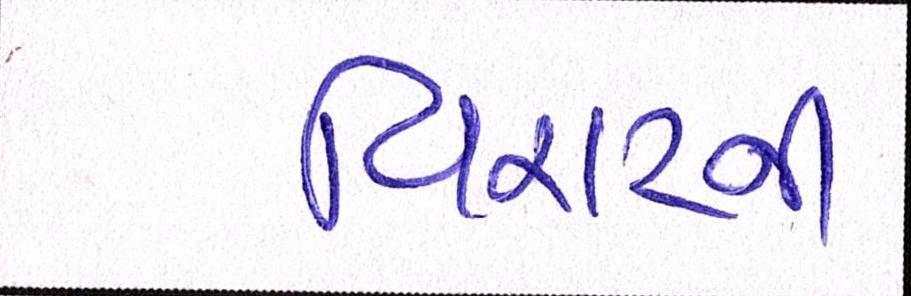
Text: વિરાટની